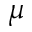
\mu